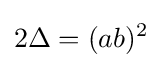
\displaystyle 2\Delta =(ab)^{2}